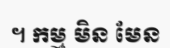
។ កម្ម មិន មែន